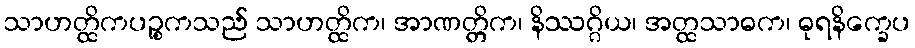
သာဟတ္ထိကပဉ္စကသည် သာဟတ္ထိက၊ အာဏတ္တိက၊ နိဿဂ္ဂိယ၊ အတ္ထသာဓက၊ ဓုရနိက္ခေပ